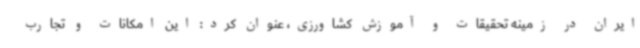
ایران در زمینه تحقیقات و آموزش کشاورزی، عنوان کرد: این امکانات و تجارب